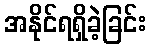
အနိုင်ရရှိခဲ့ခြင်း